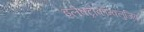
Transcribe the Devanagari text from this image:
इलेक्ट्रोकॉन्क्लुजिव